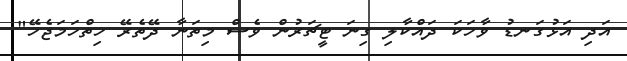
އަދި އަޅުގަނޑު ވާހަކަ ދައްކާލި ގިނަ ޓީޗަރުން ވެސް މިތަނާ ދޭތެރޭ ހިތްހަމަޖެހޭ"